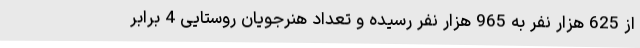
از 625 هزار نفر به 965 هزار نفر رسیده و تعداد هنرجویان روستایی 4 برابر